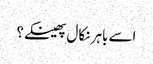
اسے باہر نکال پھینکے؟